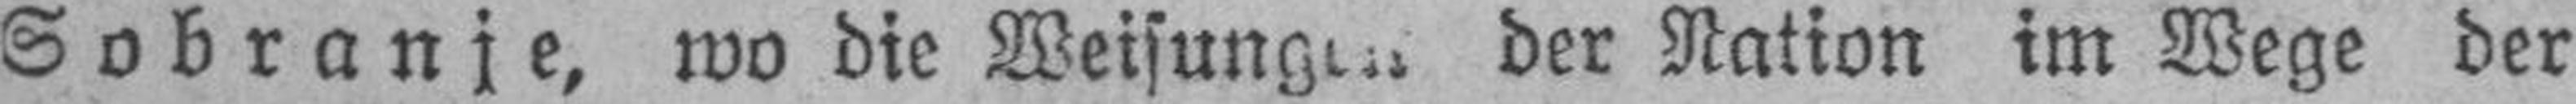
Sobranje, wo die Weisungen der Nation im Wege der